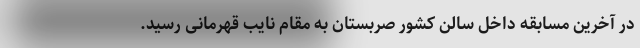
در آخرین مسابقه داخل سالن کشور صربستان به مقام نایب قهرمانی رسید.